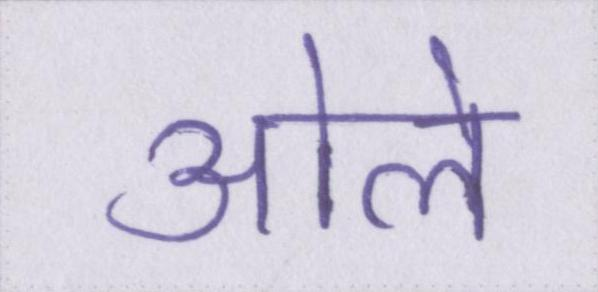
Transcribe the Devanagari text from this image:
ओले